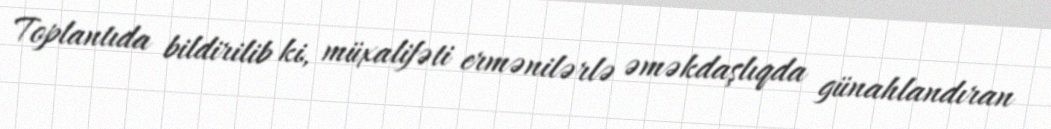
Toplantıda bildirilib ki, müxalifəti ermənilərlə əməkdaşlıqda günahlandıran